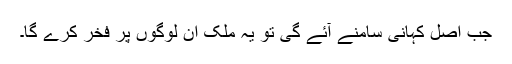
جب اصل کہانی سامنے آئے گی تو یہ ملک ان لوگوں پر فخر کرے گا۔